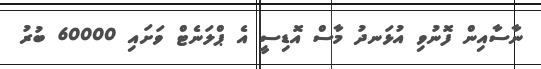
ނާސާއިން ފޮނުވި އުޅަނދު މާސް އޮޑިސީ އެ ޕްލަނެޓް ވަށައި 60000 ބުރު